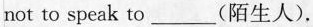
not to speak to___(陌生人).